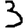
Digit: 3